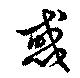
惑